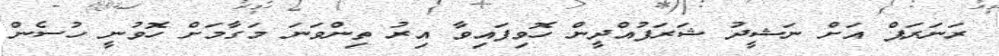
ރަނަރަޕް އަށް ނަޝީދު ޝަރަފުއްދީން ހޮވިފައިވާ އިރު ތިންވަނަ މަގާމަށް ހޮވުނީ ހުސެން